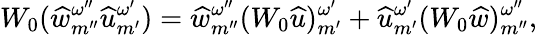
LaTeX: W_{0}(\widehat{w}_{{m^{\prime\prime}}}^{\omega^{\prime\prime}}{\widehat{u}}_{m^{\prime}}^{\omega^{\prime}})=\widehat{w}_{{m^{\prime\prime}}}^{\omega^{\prime\prime}}(W_{0}{\widehat{u}})_{m^{\prime}}^{\omega^{\prime}}+{\widehat{u}}_{m^{\prime}}^{\omega^{\prime}}(W_{0}\widehat{w})_{{m^{\prime\prime}}}^{\omega^{\prime\prime}},